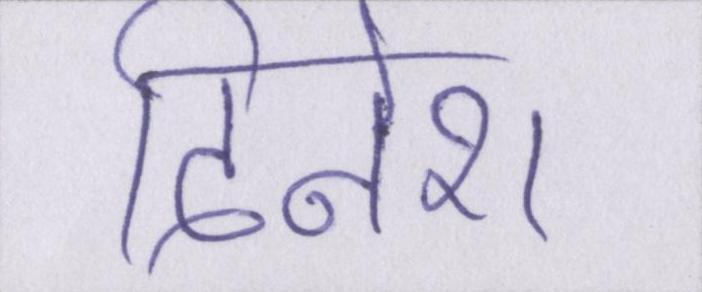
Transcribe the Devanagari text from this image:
दिनेश